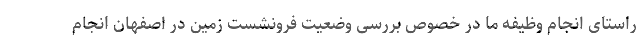
راستای انجام وظیفه ما در خصوص بررسی وضعیت فرونشست زمین در اصفهان انجام